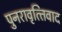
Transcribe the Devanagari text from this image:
पुनरावृत्‍तिवाद